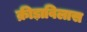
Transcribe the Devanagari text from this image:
क्रीड़ाविलास